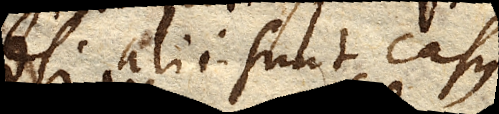
alii sunt casus,